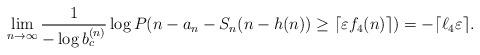
LaTeX: \begin{align*}\lim_{n\to\infty}\frac{1}{-\log b_c^{(n)}}\log P(n-a_n-S_n(n-h(n))\geq\lceil\varepsilon f_4(n)\rceil)=-\lceil\ell_4\varepsilon\rceil.\end{align*}